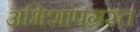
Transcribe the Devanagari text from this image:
अभिशापग्रस्त